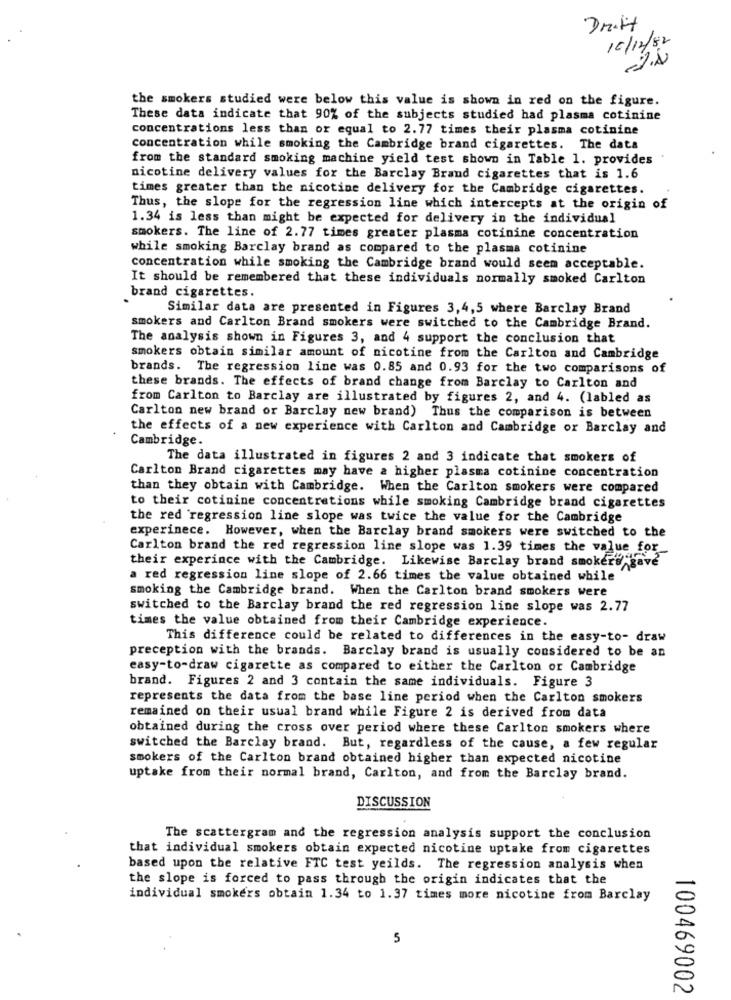
Dr.it
10/12/82
the smokers studied were below this value is shown in red on the figure.
These data indicate that 90% of the subjects studied had plasma cotinine
concentrations less than or equal to 2.77 times their plasma cotinine
concentration while smoking the Cambridge brand cigarettes. The data
from the standard smoking machine yield test shown in Table 1. provides
nicotine delivery values for the Barclay Brand cigarettes that is 1.6
times greater than the nicotine delivery for the Cambridge cigarettes.
Thus, the slope for the regression line which intercepts at the origin of
1.34 is less than might be expected for delivery in the individual
smokers. The line of 2.77 times greater plasma cotinine concentration
while smoking Barclay brand as compared to the plasma cotinine
concentration while smoking the Cambridge brand would seem acceptable.
It should be remembered that these individuals normally smoked Carlton
brand cigarettes.
Similar data are presented in Figures 3,4,5 where Barclay Brand
smokers and Carlton Brand smokers were switched to the Cambridge Brand.
The analysis shown in Figures 3, and 4 support the conclusion that
smokers obtain similar amount of nicotine from the Carlton and Cambridge
brands. The regression line was 0.85 and 0.93 for the two comparisons of
these brands. The effects of brand change from Barclay to Carlton and
from Carlton to Barclay are illustrated by figures 2, and 4. (labled as
Carlton new brand or Barclay new brand) Thus the comparison is between
the effects of a new experience with Carlton and Cambridge or Barclay and
Cambridge.
The data illustrated in figures 2 and 3 indicate that smokers of
Carlton Brand cigarettes may have a higher plasma cotinine concentration
than they obtain with Cambridge. When the Carlton smokers were compared
to their cotinine concentrations while smoking Cambridge brand cigarettes
the red regression line slope was twice the value for the Cambridge
experinece. However, when the Barclay brand smokers were switched to the
Carlton brand the red regression line slope was 1.39 times the value for
their experince with the Cambridge. Likewise Barclay brand smokers ga
a red regression line slope of 2.66 times the value obtained while
smoking the Cambridge brand. When the Carlton brand smokers were
switched to the Barclay brand the red regression line slope was 2.77
times the value obtained from their Cambridge experience.
This difference could be related to differences in the easy-to- draw
preception with the brands. Barclay brand is usually considered to be an
easy-to-draw cigarette as compared to either the Carlton or Cambridge
brand. Figures 2 and 3 contain the same individuals. Figure 3
represents the data from the base line period when the Carlton smokers
remained on their usual brand while Figure 2 is derived from data
obtained during the cross over period where these Carlton smokers where
switched the Barclay brand. But, regardless of the cause, a few regular
smokers of the Carlton brand obtained higher than expected nicotine
uptake from their normal brand, Carlton, and from the Barclay brand.
DISCUSSION
The scattergram and the regression analysis support the conclusion
that individual smokers obtain expected nicotine uptake from cigarettes
based upon the relative FTC test yeilds. The regression analysis when
the slope is forced to pass through the origin indicates that the
individual smokers obtain 1.34 to 1.37 times more nicotine from Barclay
5
100469002